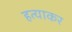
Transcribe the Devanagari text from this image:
हत्याकर